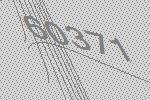
60371